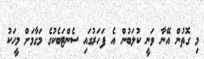
މި ގޮތުން އޭނާ ވަނީ ކުލަބުން އެ ފަހަރުގައި ސެންޓަބެކުގެ މަގާމަށް މީހަކު